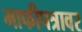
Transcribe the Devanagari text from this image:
माफीपत्रावर